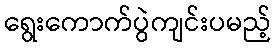
ရွေးကောက်ပွဲကျင်းပမည့်